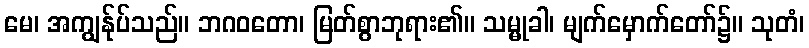
မေ၊ အကျွန်ုပ်သည်။ ဘဂဝတော၊ မြတ်စွာဘုရား၏။ သမ္မုခါ၊ မျက်မှောက်တော်၌။ သုတံ၊